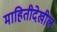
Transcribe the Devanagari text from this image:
माहितीदेखील